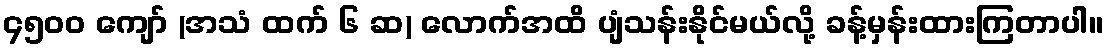
၄၅၀၀ ကျော် (အသံ ထက် ၆ ဆ) လောက်အထိ ပျံသန်းနိုင်မယ်လို့ ခန့်မှန်းထားကြတာပါ။